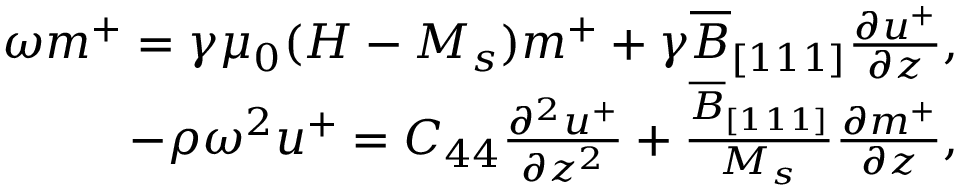
\begin{array} { r } { \omega m ^ { + } = \gamma \mu _ { 0 } ( H - M _ { s } ) m ^ { + } + \gamma \overline { { B } } _ { [ 1 1 1 ] } \frac { \partial u ^ { + } } { \partial z } , } \\ { - \rho \omega ^ { 2 } u ^ { + } = C _ { 4 4 } \frac { \partial ^ { 2 } u ^ { + } } { \partial z ^ { 2 } } + \frac { \overline { { B } } _ { [ 1 1 1 ] } } { M _ { s } } \frac { \partial m ^ { + } } { \partial z } , } \end{array}